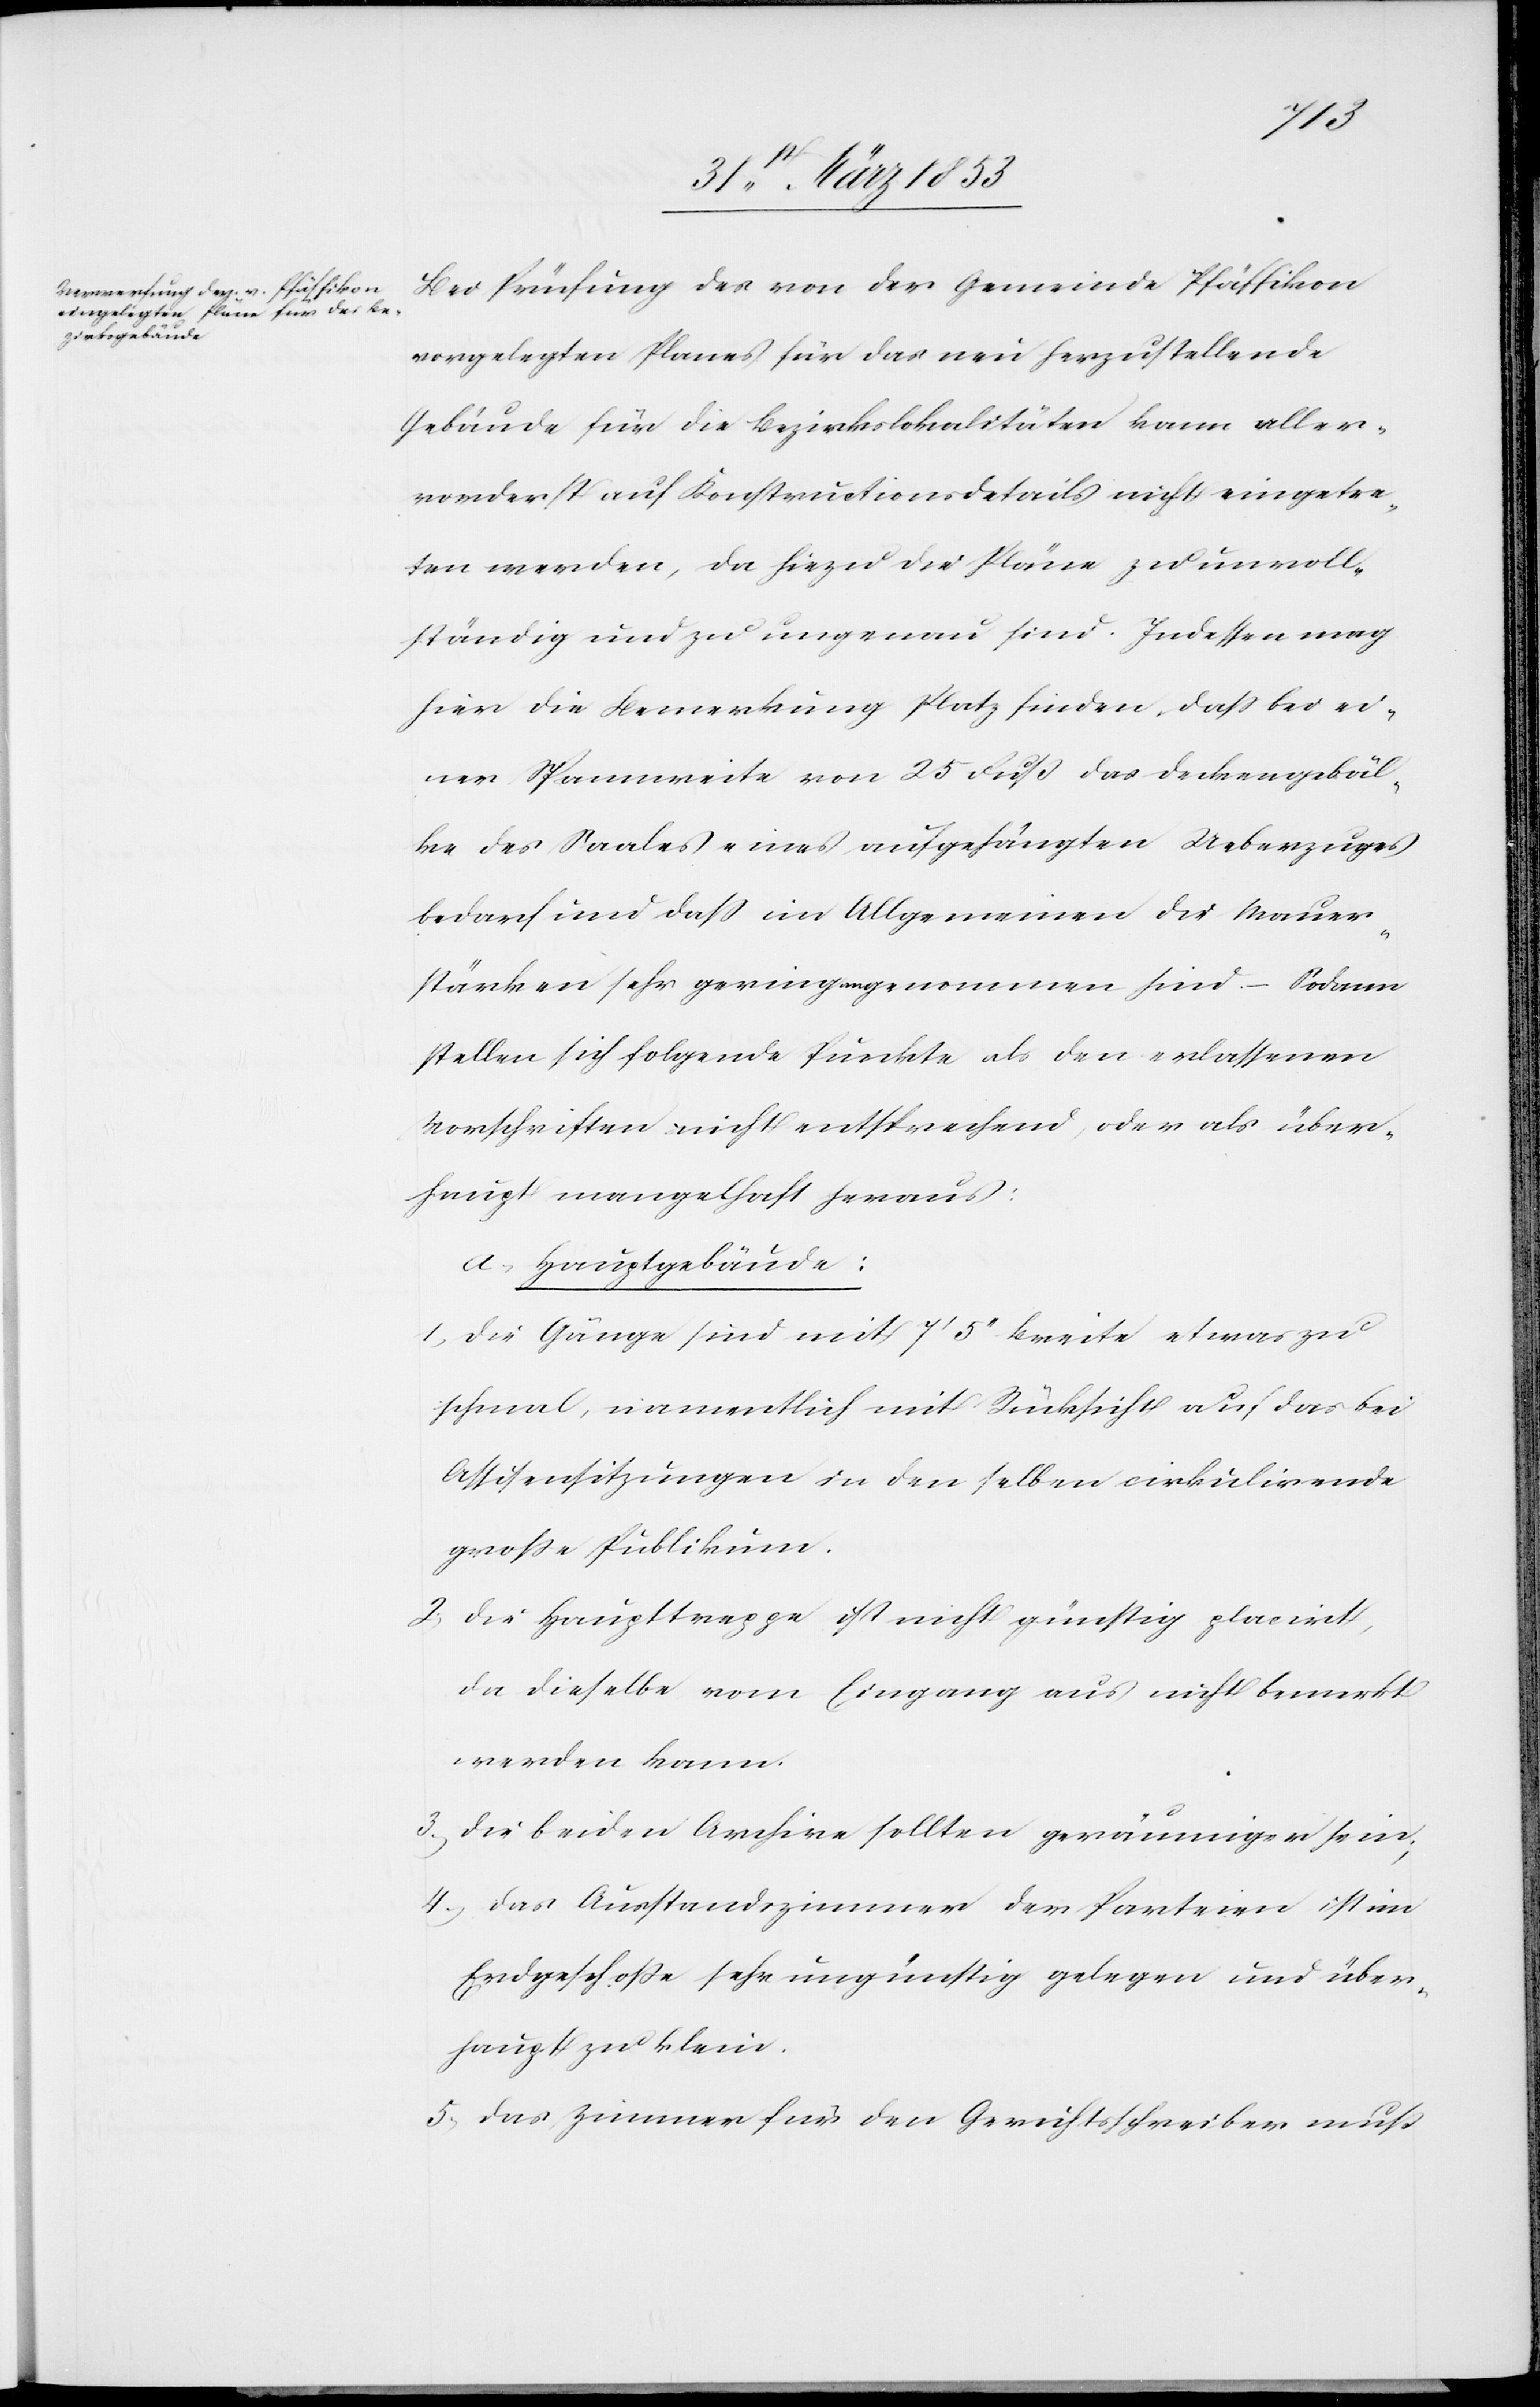
Bei Prüfung des von der Gemeinde Pfäffikon
eingelegten Planes für das neu herzustellende
Gebäude für die Bezirkslokalitäten kann aller¬
vorderst auf Konstruktionsdetails nicht eingetre¬
ten werden, da hiezu die Pläne zu unvoll¬
ständig und zu ungenau sind. Indessen mag
hier die Bemerkung Platz finden, daß bei ei¬
ner Spannweite von 25 Fuß das Deckengebäl¬
ke des Saales eines aufgehängten Ueberzuges
bedarf und daß im Allgemeinen die Mauer¬
stärken sehr gering angenommen sind – Sodann
stellen sich folgende Punkte als den erlassenen
Vorschriften nicht entsprechend, oder als über¬
haupt mangelhaft heraus:
a, Hauptgebäude:
1, Die Gänge sind mit 7’ 5’’ Breite etwas zu
schmal, namentlich mit Rücksicht auf das bei
Assisensitzungen [sic!] in denselben cirkulirende
große Publikum.
2, Die Haupttreppe ist nicht günstig placirt,
da dieselbe vom Eingang aus nicht bemerkt
werden kann.
3, Die beiden Archive sollten geräumiger sein,
4, Das Ausstandszimmer der Parteien ist im
Erdgeschoße sehr ungünstig gelegen und über¬
haupt zu klein.
5, Das Zimmer für den Gerichtsschreiber muß